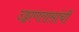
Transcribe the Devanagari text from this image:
उड्डाणतासांची